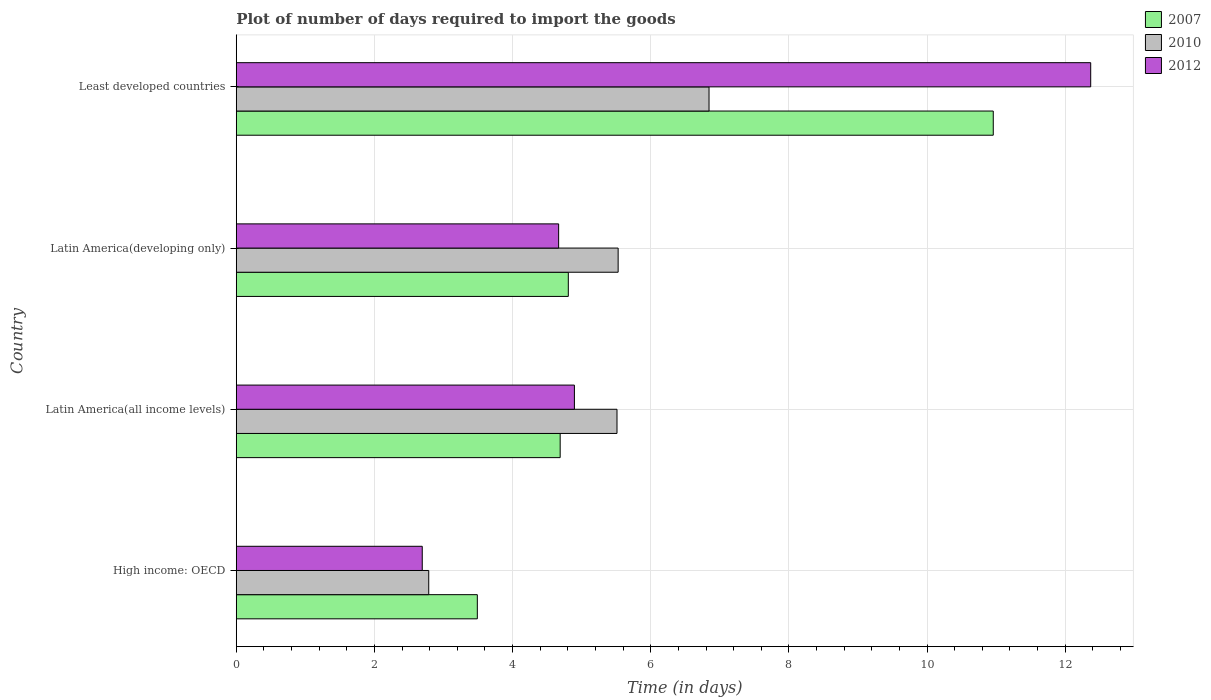
| Country | 2007 | 2010 | 2012 |
 | --- | --- | --- | --- |
 | High income: OECD | 3.49 | 2.79 | 2.69 |
 | Latin America(all income levels) | 4.69 | 5.51 | 4.89 |
 | Latin America(developing only) | 4.81 | 5.53 | 4.67 |
 | Least developed countries | 11 | 6.84 | 12.4 |